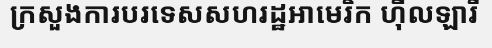
ក្រសួងការបរទេសសហរដ្ឋអាមេរិក ហ៊ីលឡារី